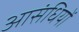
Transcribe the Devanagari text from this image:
आसंधियों